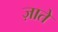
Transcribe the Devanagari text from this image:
ज़ाते